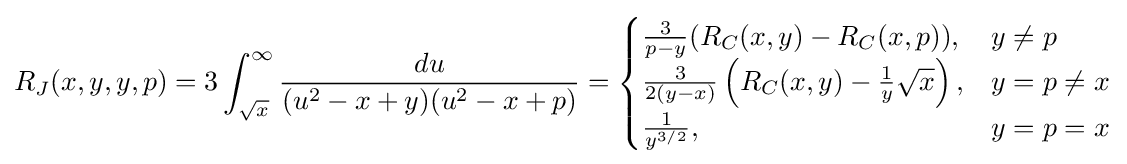
R_{J}(x,y,y,p)=3\int _{\sqrt {x}}^{\infty }{\frac {du}{(u^{2}-x+y)(u^{2}-x+p)}}={\begin{cases}{\frac {3}{p-y}}(R_{C}(x,y)-R_{C}(x,p)),&y\neq p\\{\frac {3}{2(y-x)}}\left(R_{C}(x,y)-{\frac {1}{y}}{\sqrt {x}}\right),&y=p\neq x\\{\frac {1}{y^{{3}/{2}}}},&y=p=x\\\end{cases}}